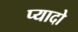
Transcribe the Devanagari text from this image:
प्‍यादो